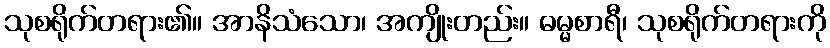
သုစရိုက်တရား၏။ အာနိသံသော၊ အကျိုးတည်း။ ဓမ္မစာရီ၊ သုစရိုက်တရားကို